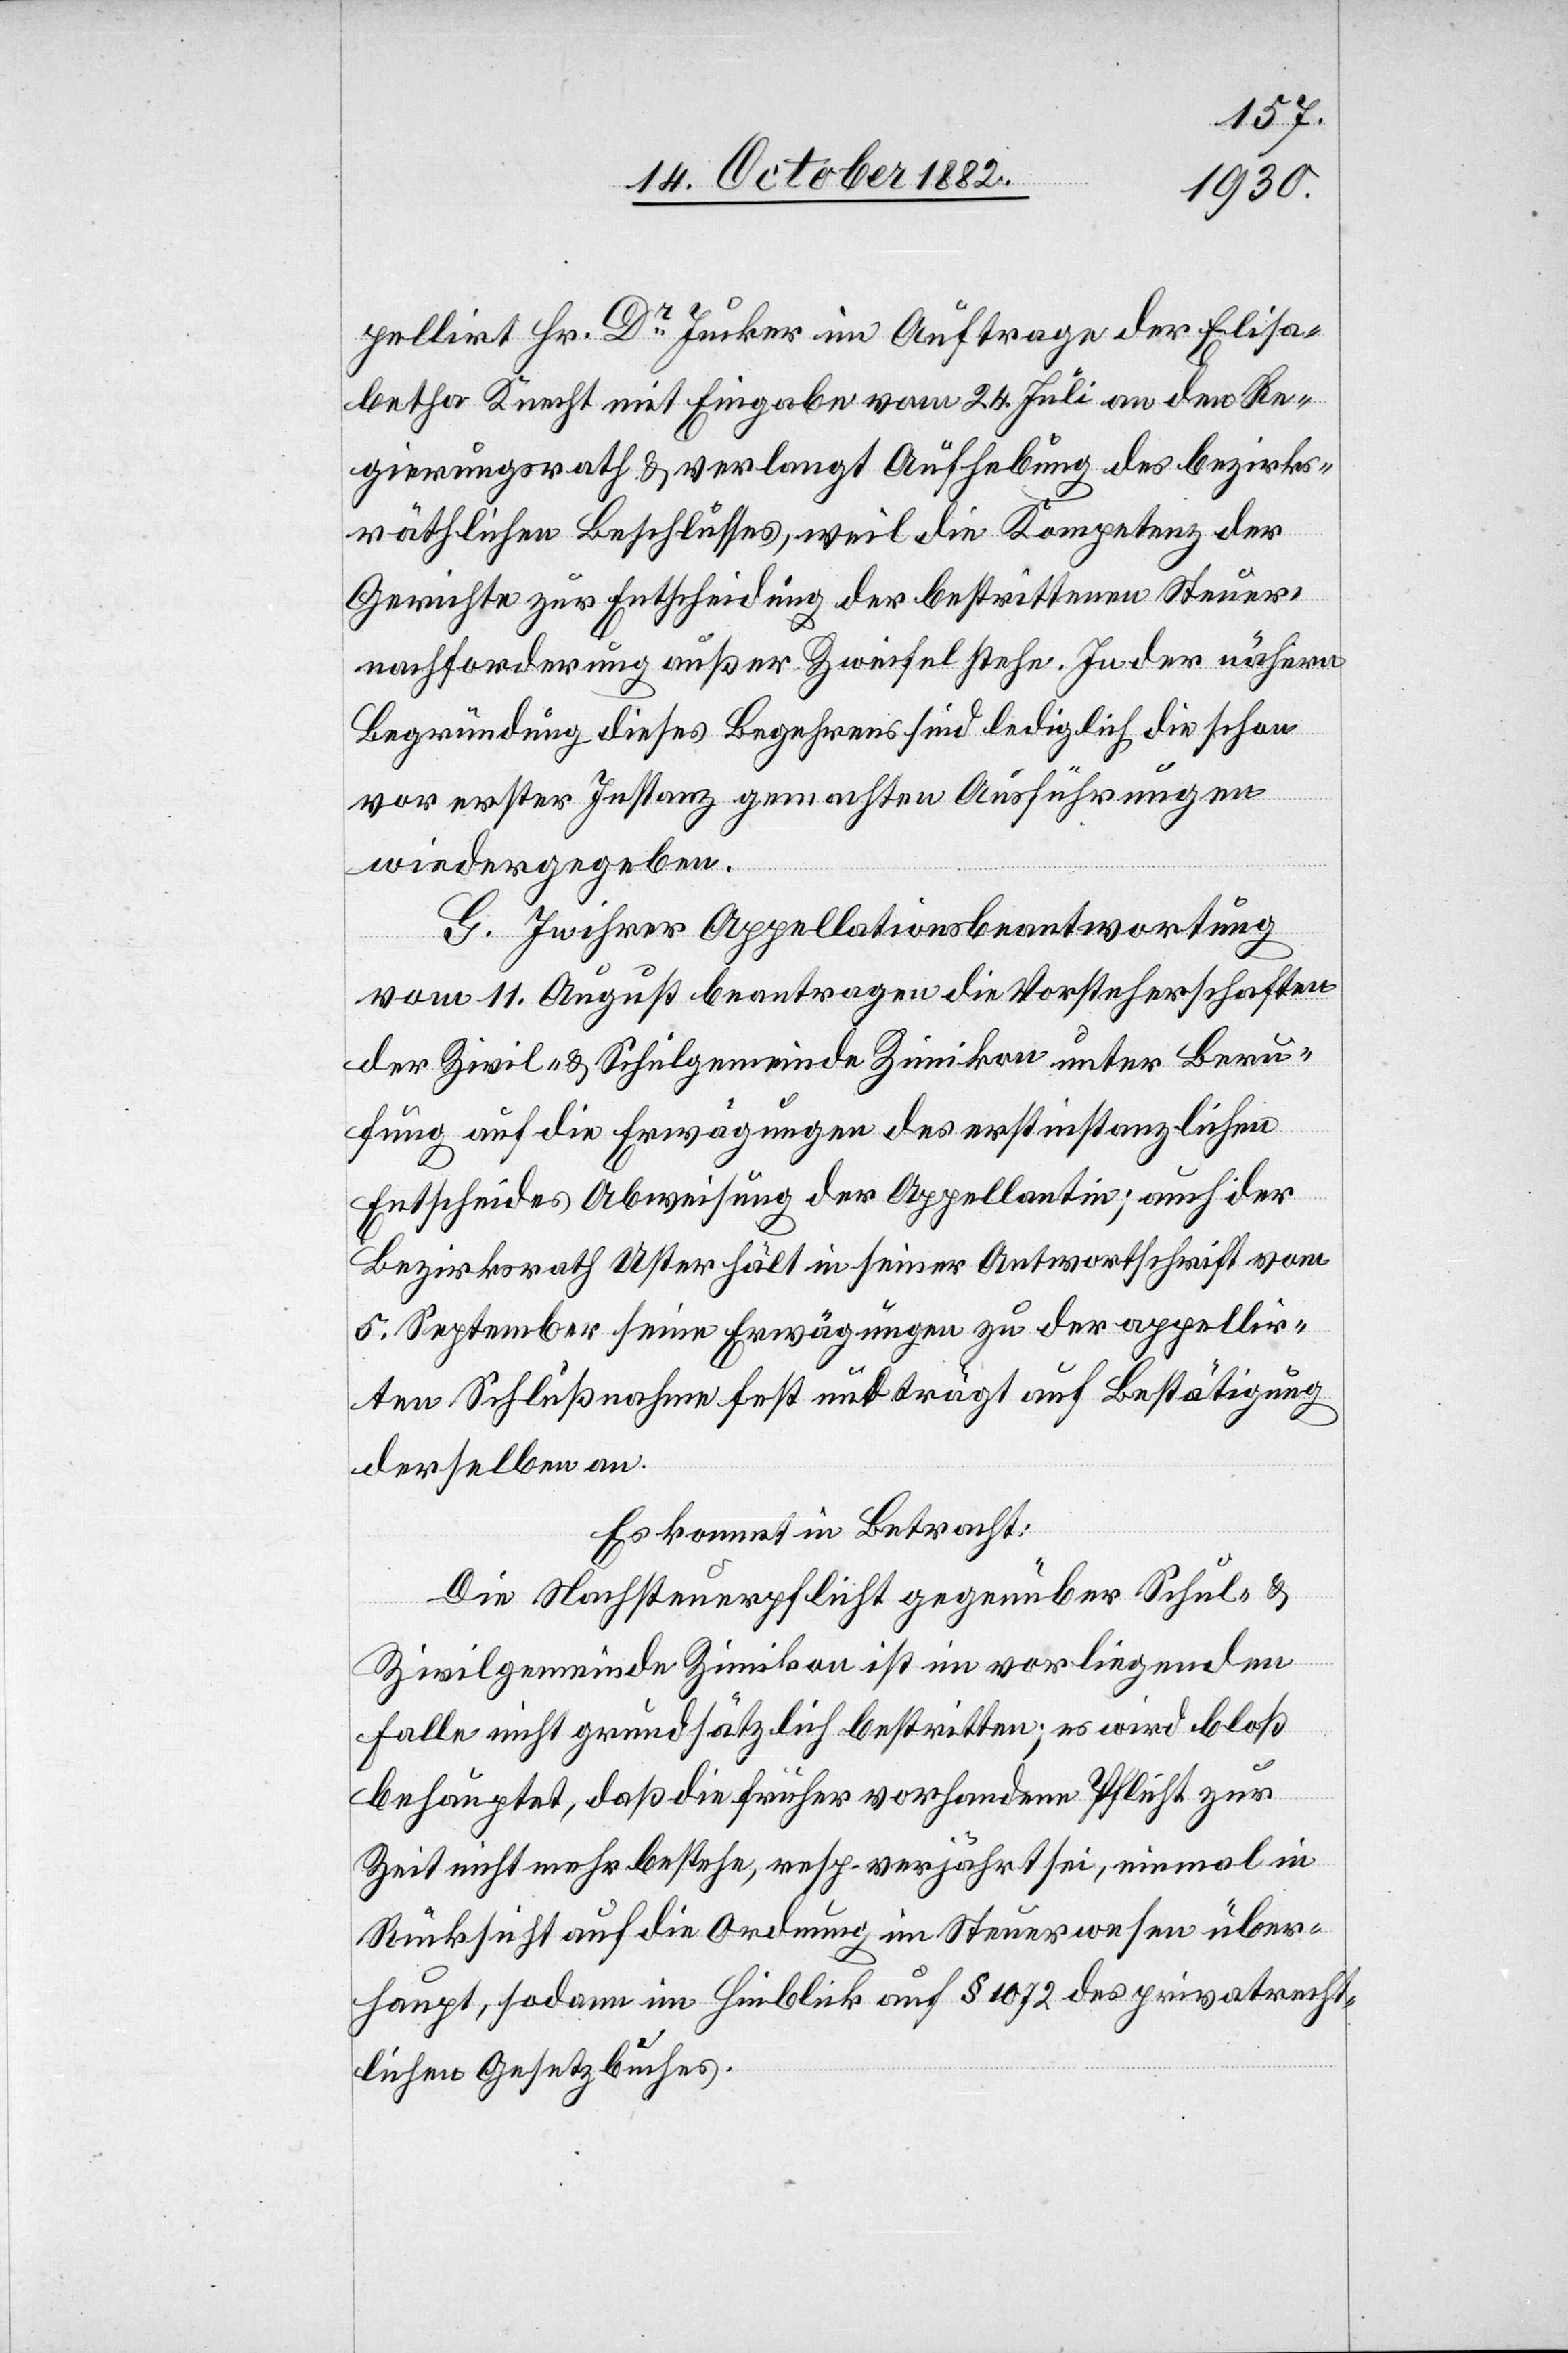
pellirt Hr. Dr Jucker im Auftrage der Elisa¬
betha Knecht mit Eingabe vom 24. Juli an den Re¬
gierungsrath & verlangt Aufhebung des bezirks¬
räthlichen Beschlusses, weil die Kompetenz der
Gerichte zur Entscheidung der bestrittenen Steuer¬
nachforderung außer Zweifel stehe. In der nähern
Begründung dieses Begehrens sind lediglich die schon
vor erster Instanz gemachten Ausführungen
wiedergegeben.
G. In ihrer Appellationsbeantwortung
vom 11. August beantragen die Vorsteherschaften
der Zivil- & Schulgemeinde Zimikon unter Beru¬
fung auf die Erwägungen des erstinstanzlichen
Entscheides Abweisung der Appellantin; auch der
Bezirksrath Uster hält in seiner Antwortschrift vom
5. September seine Erwägungen zu der appellir¬
ten Schlußnahme fest und trägt auf Bestätigung
derselben an.
Es kommt in Betracht:
Die Nachsteuerpflicht gegenüber Schul- &
Zivilgemeinde Zimikon ist im vorliegenden
Falle nicht grundsätzlich bestritten; es wird bloß
behauptet, daß die früher vorhandene Pflicht zur
Zeit nicht mehr bestehe, resp. verjährt sei, einmal in
Rücksicht auf die Ordnung im Steuerwesen über¬
haupt, sodann im Hinblick auf § 1072 des privatrecht¬
lichen Gesetzbuches.